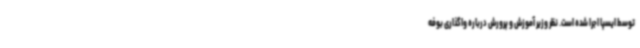
توسط ایسپا اجرا شده است. نظر وزیر آموزش و پرورش درباره واگذاری بوفه